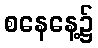
စနေနေ့၌